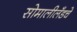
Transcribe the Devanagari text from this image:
सोमालीलँडचे